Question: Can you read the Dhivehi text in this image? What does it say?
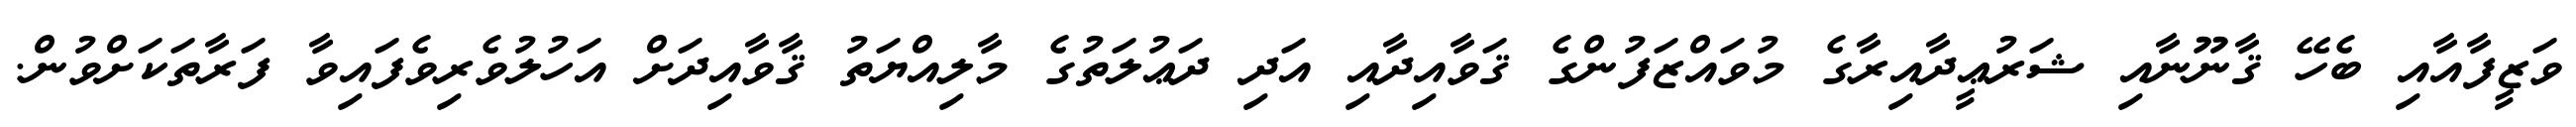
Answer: ވަޒީފާއާއި ބެހޭ ޤާނޫނާއި ޝަރުޢީދާއިރާގެ މުވައްޒަފުންގެ ޤަވާއިދާއި އަދި ދަޢުލަތުގެ މާލިއްޔަތު ޤާވާއިދަށް އަހުލުވެރިވެފައިވާ ފަރާތަކަށްވުން.